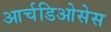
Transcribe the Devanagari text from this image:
आर्चडिओसेस